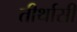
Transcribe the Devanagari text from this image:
तीर्थासी